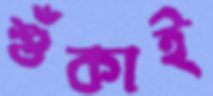
শুঁকাই